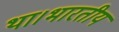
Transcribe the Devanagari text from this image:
था।भारतीय